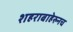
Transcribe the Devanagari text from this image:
शहराबाहेरुनच